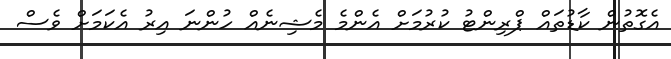
އެގޮތުން ކާޑުތައް ޕްރިންޓު ކުރުމަށް އެންމެ މެޝިނެއް ހުންނަ އިރު އެކަމަށް ވެސް